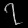
Digit: ၇